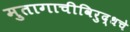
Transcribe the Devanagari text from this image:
मुतागाचीविरुद्धचे